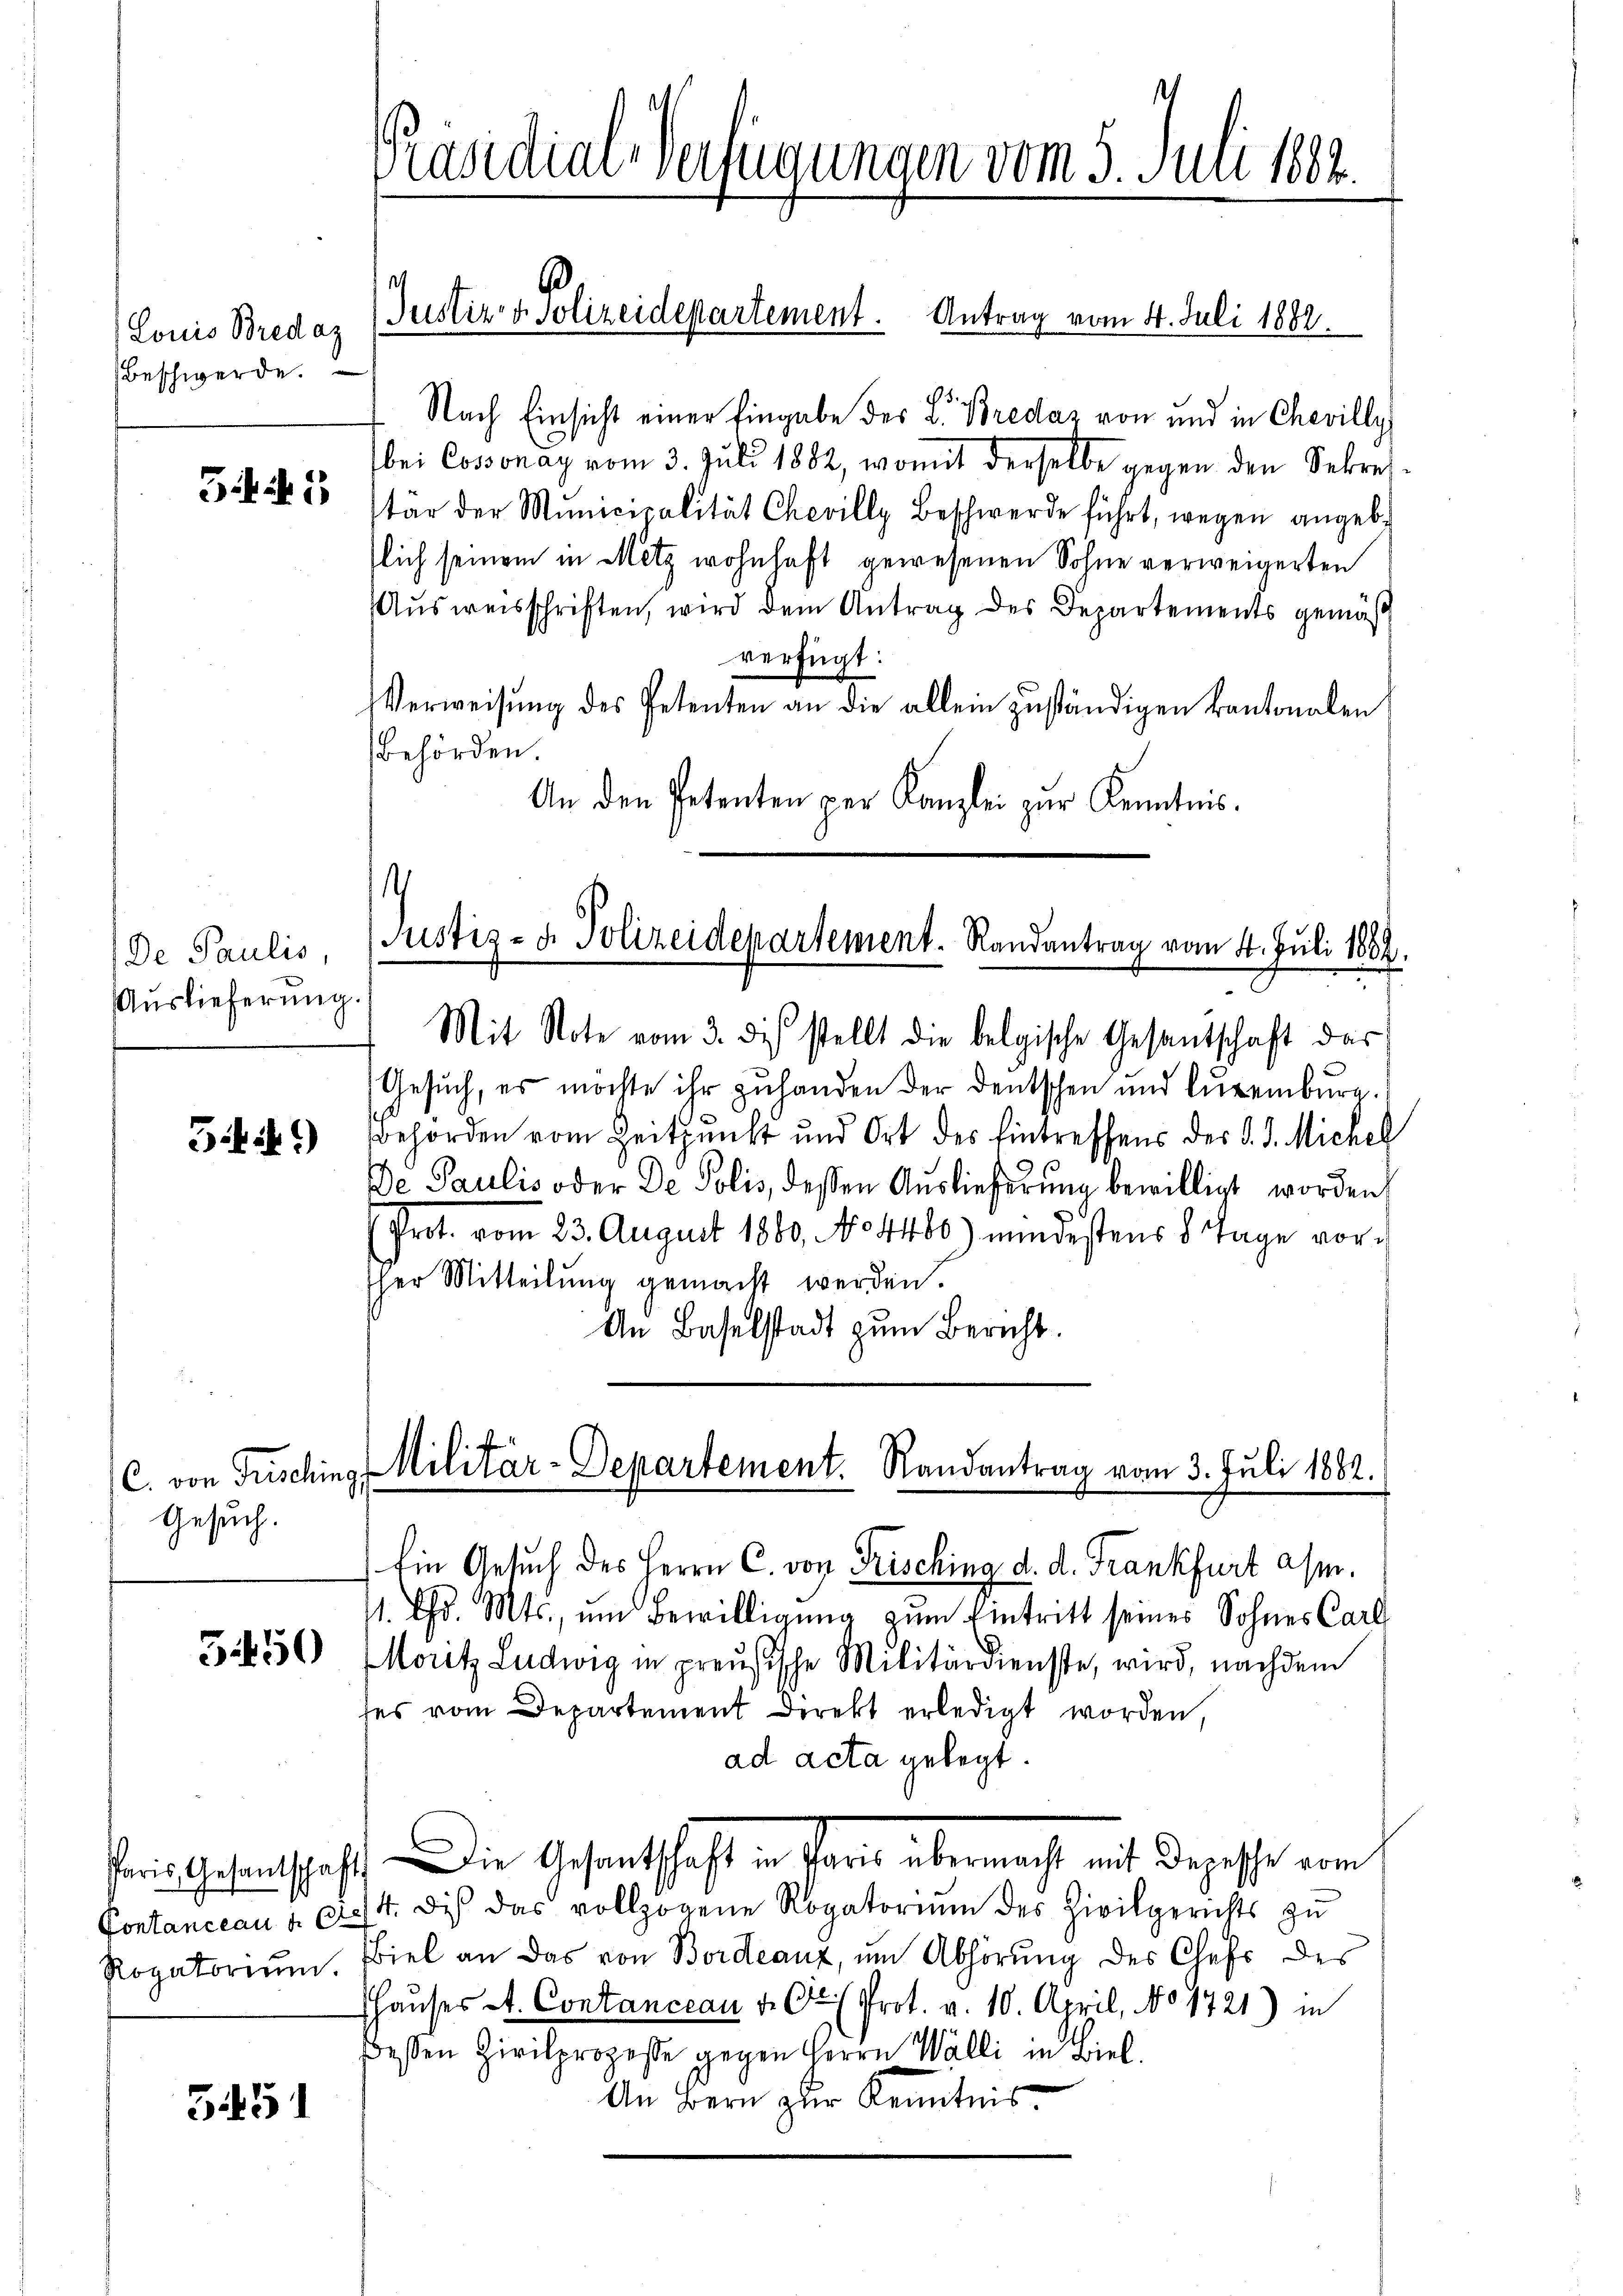
Louis Bredaz
Beschwerde.

31

De Paulis,
Auslieferung.

54i)

Gesuch.

3.450

Pontanceau f 6

5451

Präsidial-Verfügungen vom 5. Juli 1882.

.
Justiz- & Polizeidepartement. Antrag vom 4. Juli 1882.

Nach Einsicht einer Eingabe der L. Bredaz von und in Chevilly
bei Cossonay vom 3. Juli 1882, womit derselbe gegen den Sekreitär der Municipalität Chevilly Beschwerde führt, wegen angebr
slich seinem in Metz wohnhaft gewesenen Sohne verweigerten
Ausweisschriften, wird dem Antrag des Departements gemäß
verfügt:
Verweisŭng des Petenten an die allein zŭständigen kantonalen
Behörden.
An den Petenten per Kanzlei zur Kenntnis.

Justiz- u. Polizeidepartement. Randantrag vom 4. Juli 1882.

Mit Note vom 3. di stellt die belgische Gesandschaft das
Gesuch, es möchte ihr zuhanden der Deutschen und Luxenburg.
Behörden vom Zeitpunkt und Ort des Eintreffens der d. d. Michel
De Paulis oder De Polis, dessen Auslieferung bewilligt worden,
Prot. vom 23. August 1860, No. 4460) mindestens 8 Tage vorsher Mitteilung gemacht werden.
An Baselstadt zum Bericht.

C. von Frisching Militär-Departement. Randantrag vom 3. Juli 1882.

) Ein Gesuch des Herrn C. von Frisching d. d. Frankfurt a/m.
1. Chr. Mts., um Bewilligung zum Eintritt seines Sohnes Carl
Moritz Ludwig in preußische Militärdienste, wird, nachdem
ses vom Departement Direkt erledigt worden,
ad acta gelegt.
Paris Gesandtschaft die Gesantschaft in Paris übermacht mit Depesse vom
4. dis das vollzogene Rogatoriŭm des Zivilgerichts zŭ
Rogatoriŭm. Biel an das von Bordeauz, ŭm Abhörung des Chefs des
Haŭses St. Contanceau d. Cr (Prot. v. 10. April, No 1721) in
Bessen Zivilprozesse gegen Herrn Walli in Biel
An Bern zur Kenntnis